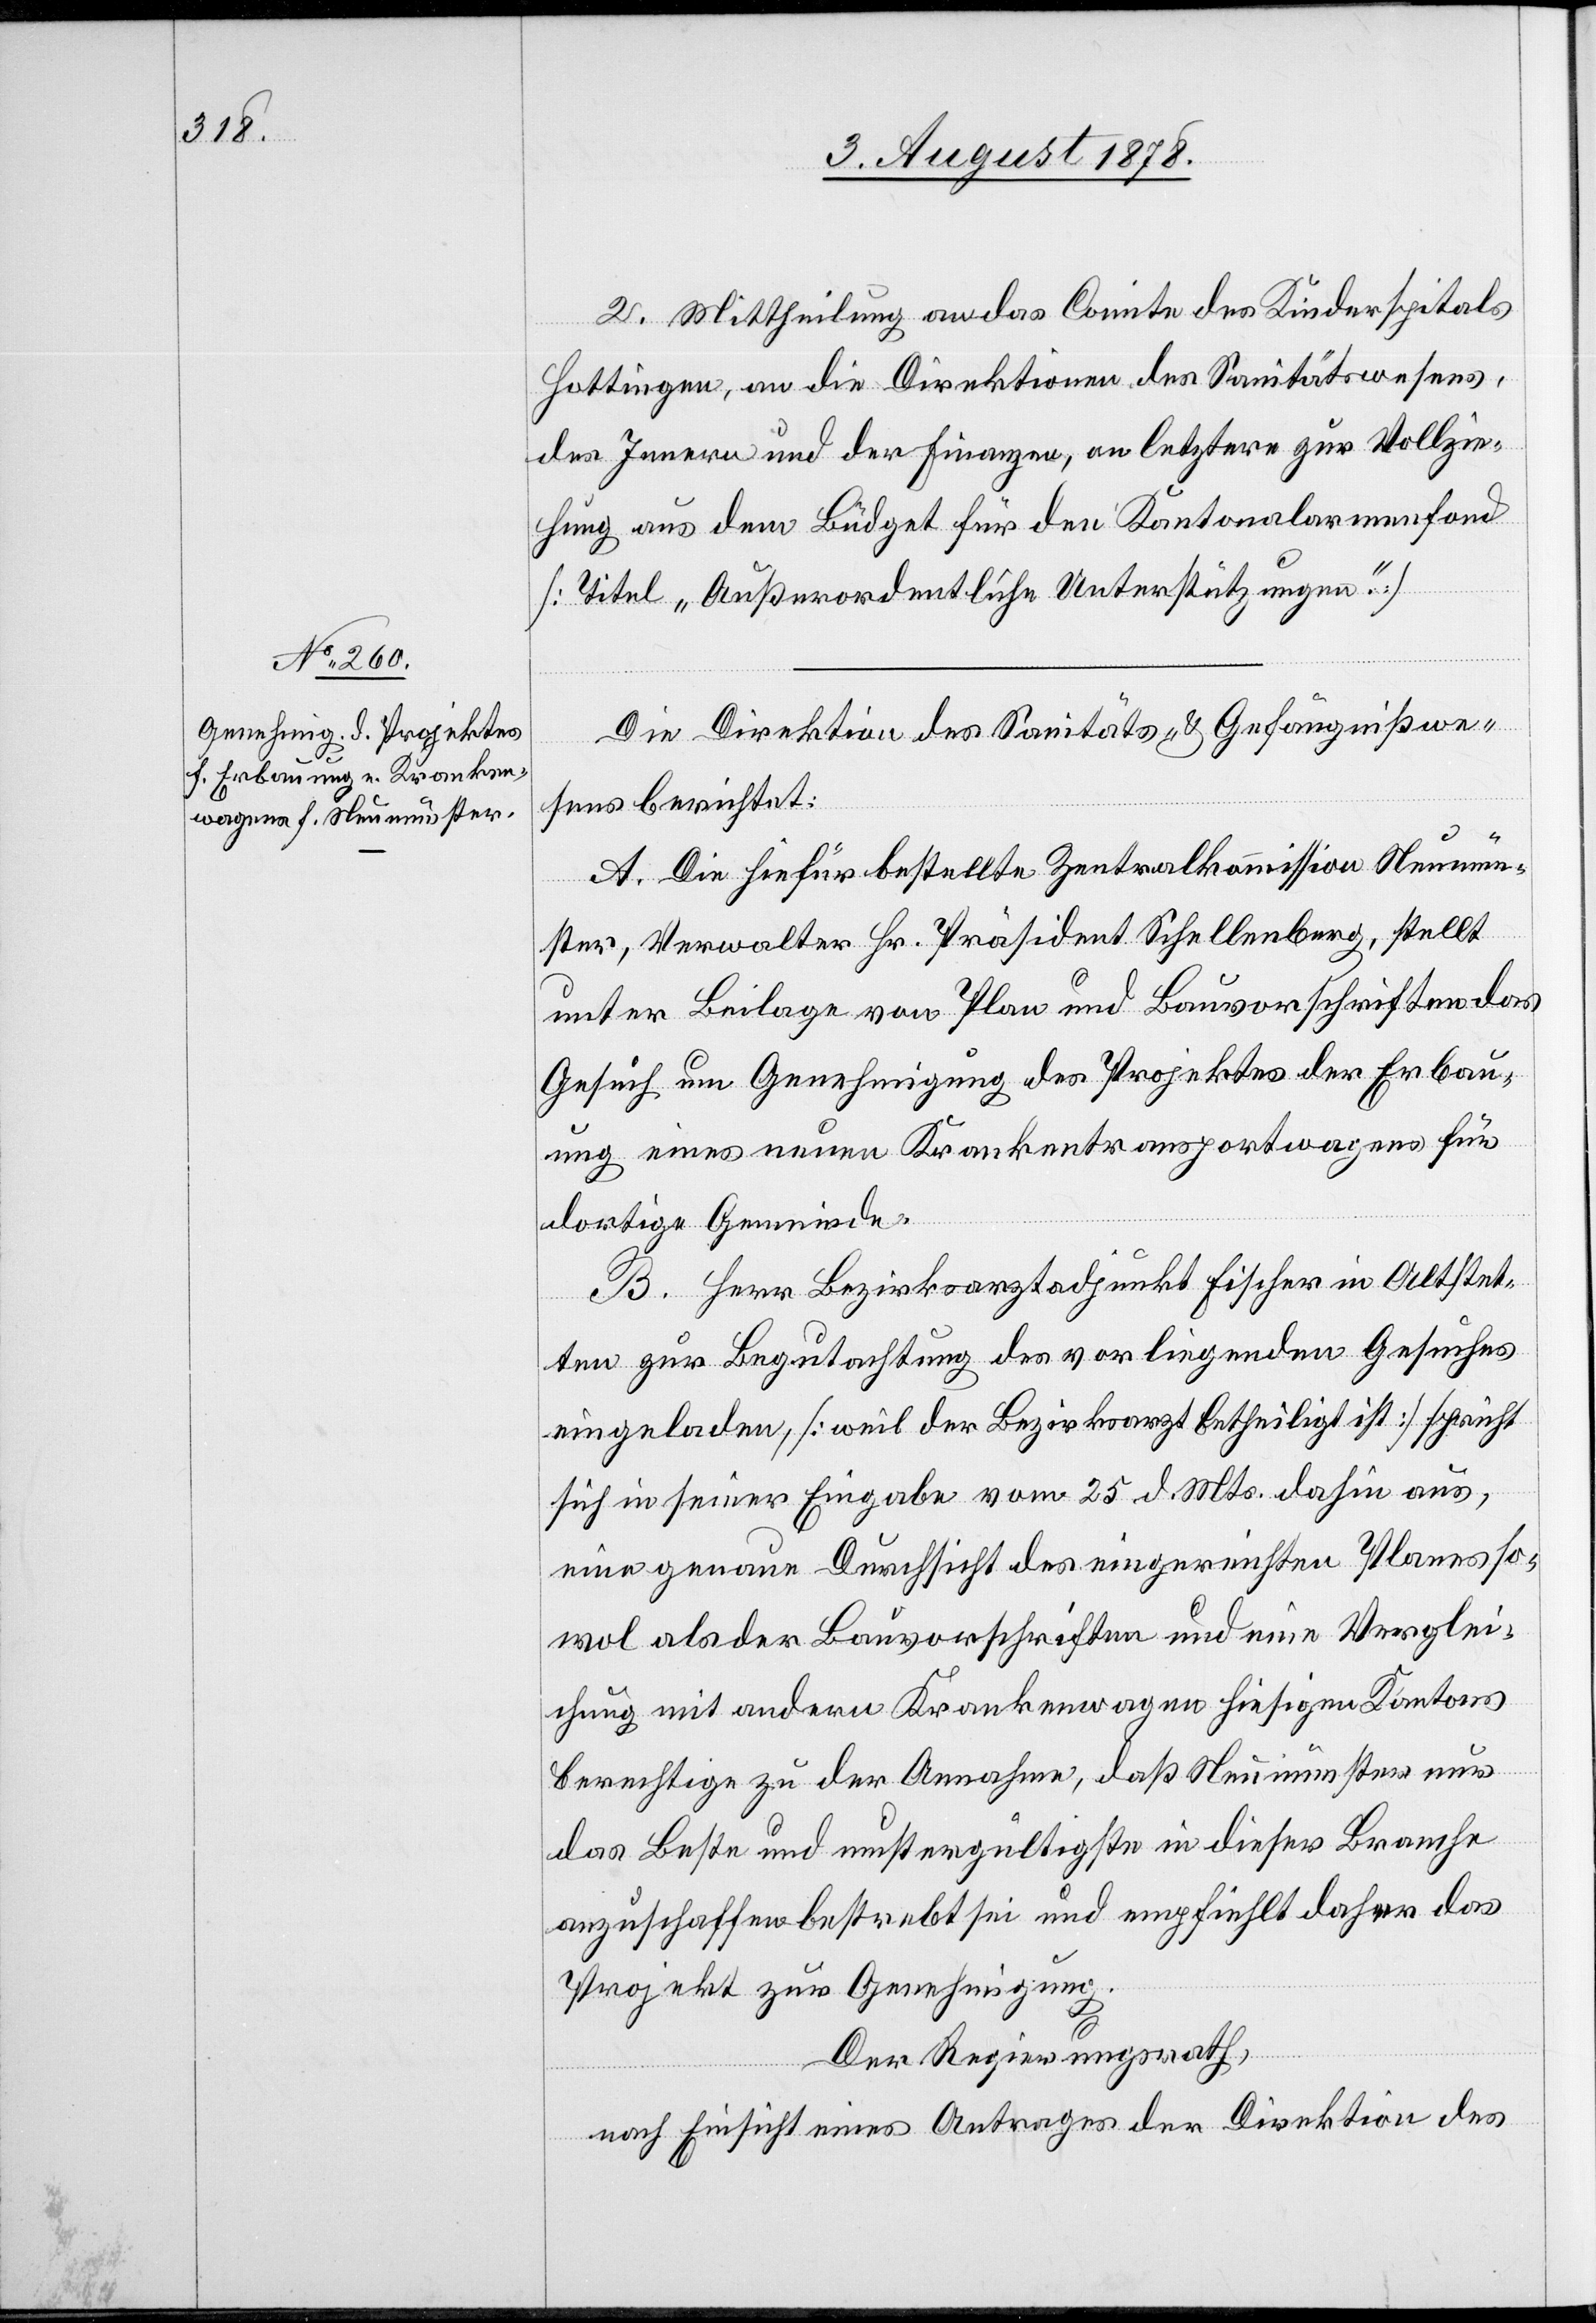
2. Mittheilung an das Comite des Kinderspitals
Hottingen, an die Direktionen des Sanitätswesens,
des Innern und der Finanzen, an letztere zur Vollzie¬
hung aus dem Büdget für den Kantonalarmenfond
[Titel „Außerordentliche Unterstützungen“.]
Die Direktion des Sanitäts- & Gefängnißwe¬
sens berichtet:
A. Die hiefür bestellte Zentralkommission Neumün¬
ster, Verwalter Hr. Präsident Schellenberg, stellt
unter Beilage von Plan und Bauvorschriften das
Gesuch um Genehmigung des Projektes der Erbau¬
ung eines neuen Krankentransportwagens für
dortige Gemeinde.
B. Herr Bezirksarztadjunkt Fischer in Altstet¬
ten zur Begutachtung des vorliegenden Gesuches
eingeladen, [weil der Bezirksarzt betheiligt ist] spricht
sich in seiner Eingabe vom 25. d. Mts. dahin aus,
eine genaue Durchsicht des eingereichten Planes so¬
wol als der Bauvorschriften und eine Verglei¬
chung mit andern Krankenwagen hiesigen Kantons
berechtige zu der Annahme, daß Neumünster nur
das Beste und mustergültigste in dieser Branche
anzuschaffen bestrebt sei und empfiehlt daher das
Projekt zur Genehmigung.
Der Regierungsrath,
nach Einsicht eines Antrages der Direktion des